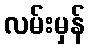
လမ်းမှန်